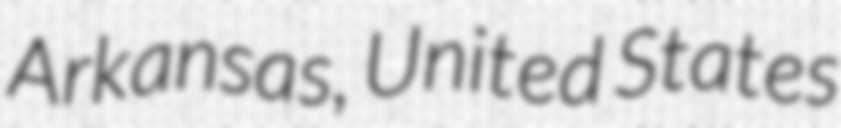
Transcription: Arkansas, United States